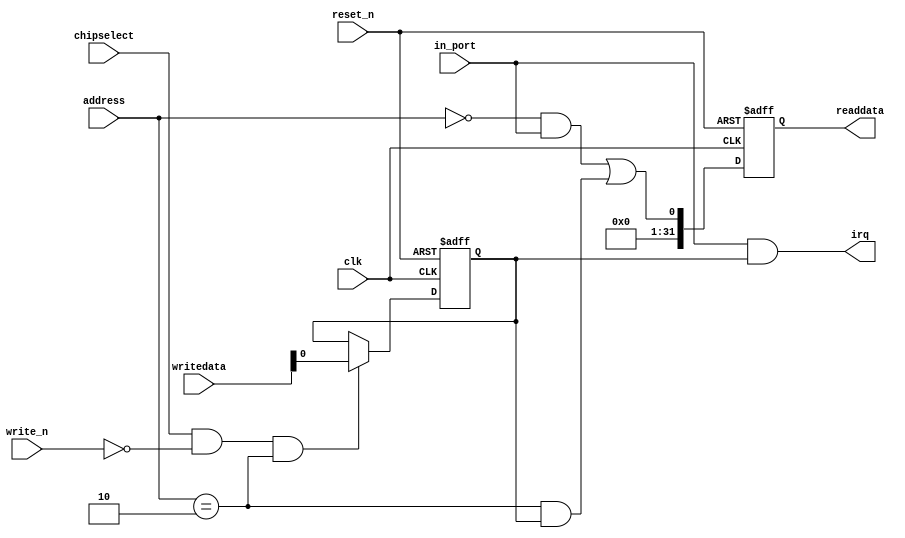
module nios_solo_pio_0 (
                          address,
                          chipselect,
                          clk,
                          in_port,
                          reset_n,
                          write_n,
                          writedata,
                          irq,
                          readdata
                       )
;
  output           irq;
  output  [ 31: 0] readdata;
  input   [  1: 0] address;
  input            chipselect;
  input            clk;
  input            in_port;
  input            reset_n;
  input            write_n;
  input   [ 31: 0] writedata;
  wire             clk_en;
  wire             data_in;
  wire             irq;
  reg              irq_mask;
  wire             read_mux_out;
  reg     [ 31: 0] readdata;
  assign clk_en = 1;
  assign read_mux_out = ({1 {(address == 0)}} & data_in) |
    ({1 {(address == 2)}} & irq_mask);
  always @(posedge clk or negedge reset_n)
    begin
      if (reset_n == 0)
          readdata <= 0;
      else if (clk_en)
          readdata <= {32'b0 | read_mux_out};
    end
  assign data_in = in_port;
  always @(posedge clk or negedge reset_n)
    begin
      if (reset_n == 0)
          irq_mask <= 0;
      else if (chipselect && ~write_n && (address == 2))
          irq_mask <= writedata;
    end
  assign irq = |(data_in      & irq_mask);
endmodule